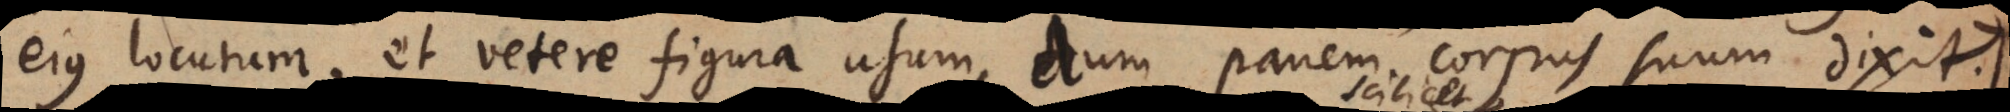
ejus locutum, et vetere figura usum, dum panem corpus suum dixit.